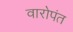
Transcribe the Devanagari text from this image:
वारोपंत